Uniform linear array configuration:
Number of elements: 12
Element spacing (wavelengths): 0.5
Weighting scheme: hamming
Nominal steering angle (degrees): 60
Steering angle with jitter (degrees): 60.569
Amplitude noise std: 0.05
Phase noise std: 0.05

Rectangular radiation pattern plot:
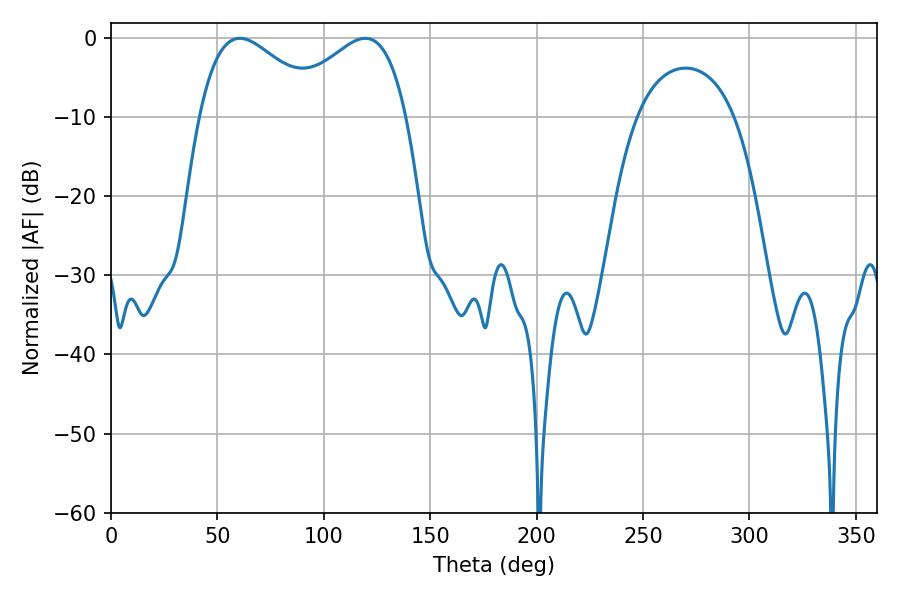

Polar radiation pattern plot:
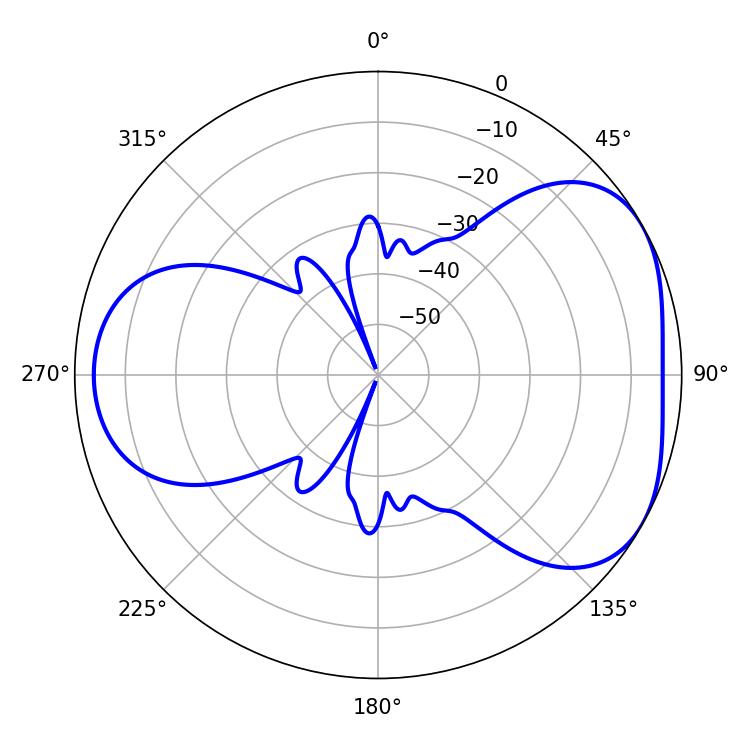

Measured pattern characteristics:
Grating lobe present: FALSE
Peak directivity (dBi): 4.376
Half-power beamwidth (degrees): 31.32
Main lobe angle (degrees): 60.48